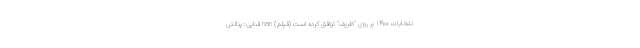
نتخابات ۱۴۰۰ بر روی "ظریف" توافق کرده است (فیلم) nan فنایی: پنالتی